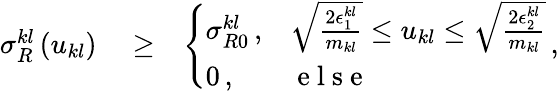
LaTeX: \begin{array}{rlr}{\sigma_{R}^{kl}\left(u_{kl}\right)}&{{}\ge}&{\left\{ \begin{array}{ll}{\sigma_{R0}^{kl}\, ,}&{\sqrt{\frac{2\epsilon_{1}^{kl}}{m_{kl}}}\le u_{kl}\le\sqrt{\frac{2\epsilon_{2}^{kl}}{m_{kl}}}}\\ {0\, ,}&{\mathrm{~e~l~s~e~}}\end{array}\right.\, ,}\end{array}